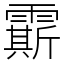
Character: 𩅰